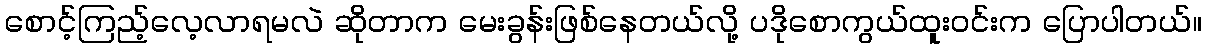
စောင့်ကြည့်လေ့လာရမလဲ ဆိုတာက မေးခွန်းဖြစ်နေတယ်လို့ ပဒိုစောကွယ်ထူးဝင်းက ပြောပါတယ်။